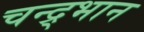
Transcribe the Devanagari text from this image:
चन्द्र्भान